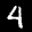
Label: 4